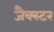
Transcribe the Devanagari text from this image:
जैक्स्टर